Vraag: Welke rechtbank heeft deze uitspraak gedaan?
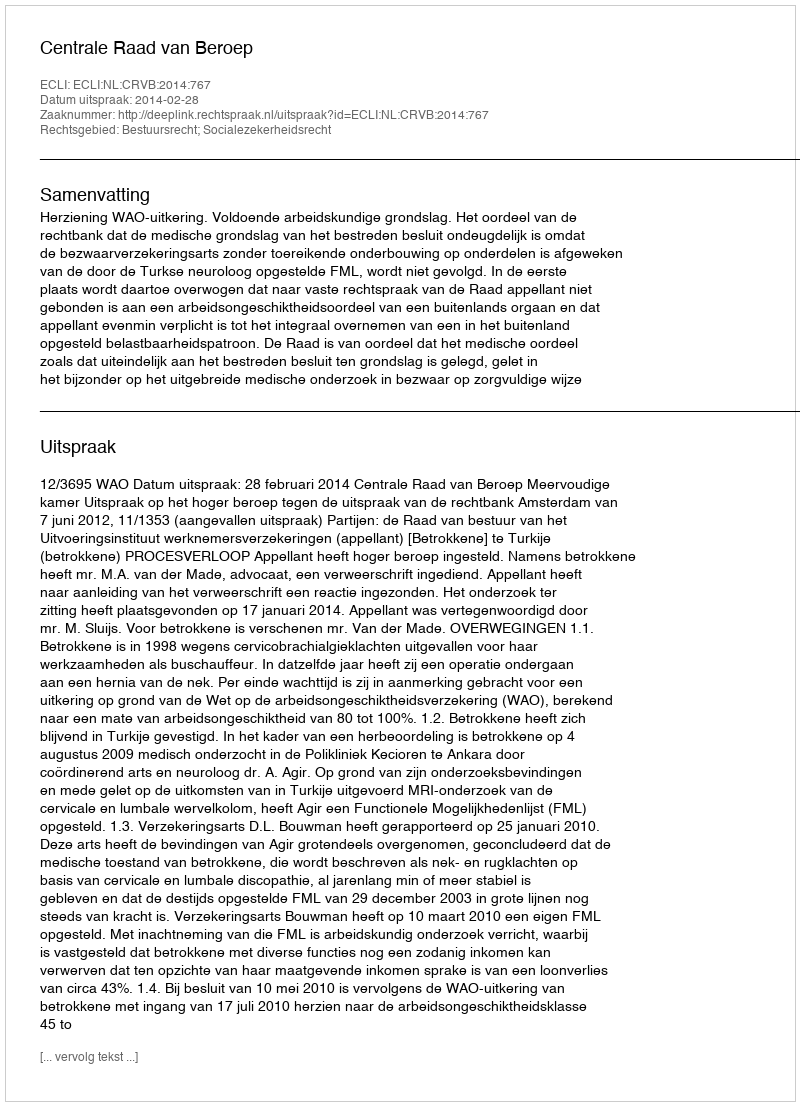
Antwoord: Centrale Raad van Beroep